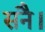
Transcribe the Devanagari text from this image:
सनै।